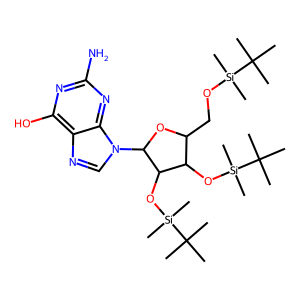
SMILES: CC(C)(C)[Si](C)(C)OCC1OC(n2cnc3c(O)nc(N)nc32)C(O[Si](C)(C)C(C)(C)C)C1O[Si](C)(C)C(C)(C)C
Inhibits HIV replication: No